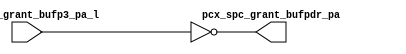
module pcx_buf_pdr(
   pcx_spc_grant_bufpdr_pa, 
   pcx_spc_grant_bufp3_pa_l
   );
   output [4:0] 	pcx_spc_grant_bufpdr_pa;
   input [4:0] 		pcx_spc_grant_bufp3_pa_l;
   assign pcx_spc_grant_bufpdr_pa =	~pcx_spc_grant_bufp3_pa_l;
endmodule